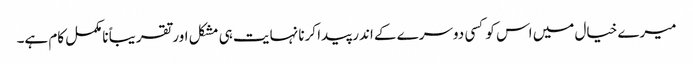
میرے خیال میں اس کو کسی دوسرے کے اندر پیدا کرنا نہایت ہی مشکل اور تقریباً نامکمل کام ہے۔